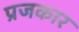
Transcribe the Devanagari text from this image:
प्रजकार